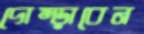
দোম্‌ড়াবেন